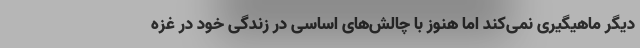
دیگر ماهیگیری نمی‌کند اما هنوز با چالش‌های اساسی در زندگی خود در غزه